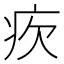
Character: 𤴼